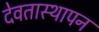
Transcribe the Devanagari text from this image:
देवतास्थापन